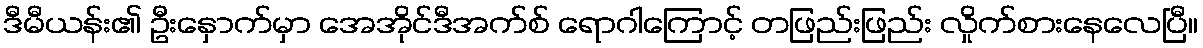
ဒီမီယန်း၏ ဦးနှောက်မှာ အေအိုင်ဒီအက်စ် ရောဂါကြောင့် တဖြည်းဖြည်း လှိုက်စားနေလေပြီ။